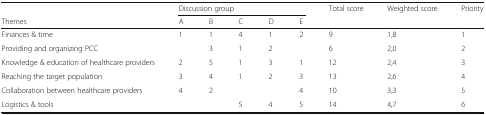
<table><thead><tr><td></td><td colspan="5"><b>Discussion group</b></td><td rowspan="2"><b>Total score</b></td><td rowspan="2"><b>Weighted score</b></td><td rowspan="2"><b>Priority</b></td></tr><tr><td><b>Themes</b></td><td><b>A</b></td><td><b>B</b></td><td><b>C</b></td><td><b>D</b></td><td><b>E</b></td></tr></thead><tbody><tr><td>Finances &amp; time</td><td>1</td><td>1</td><td>4</td><td>1</td><td>2</td><td>9</td><td>1,8</td><td>1</td></tr><tr><td>Providing and organizing PCC</td><td></td><td>3</td><td>1</td><td>2</td><td></td><td>6</td><td>2,0</td><td>2</td></tr><tr><td>Knowledge &amp; education of healthcare providers</td><td>2</td><td>5</td><td>1</td><td>3</td><td>1</td><td>12</td><td>2,4</td><td>3</td></tr><tr><td>Reaching the target population</td><td>3</td><td>4</td><td>1</td><td>2</td><td>3</td><td>13</td><td>2,6</td><td>4</td></tr><tr><td>Collaboration between healthcare providers</td><td>4</td><td>2</td><td></td><td></td><td>4</td><td>10</td><td>3,3</td><td>5</td></tr><tr><td>Logistics &amp; tools</td><td></td><td></td><td>5</td><td>4</td><td>5</td><td>14</td><td>4,7</td><td>6</td></tr></tbody></table>